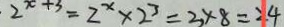
2 ^ { x + 3 } = 2 ^ { x } \times 2 ^ { 3 } = 3 \times 8 = 2 4